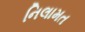
નિલામત